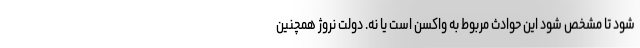
شود تا مشخص شود این حوادث مربوط به واکسن است یا نه. دولت نروژ همچنین